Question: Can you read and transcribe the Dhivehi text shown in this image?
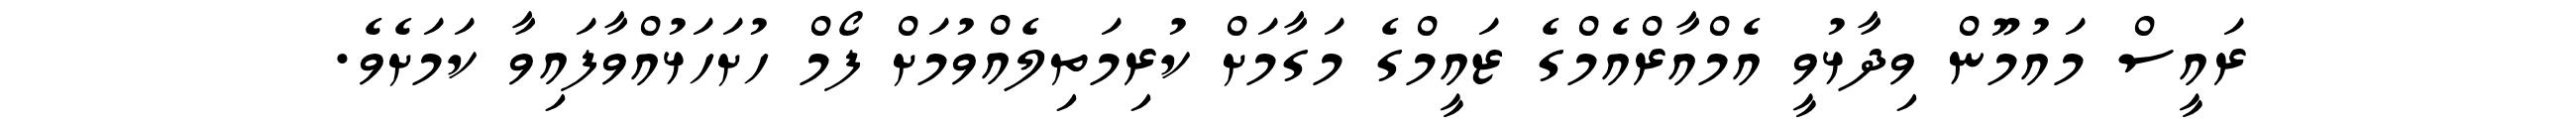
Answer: ރައީސް މައުމޫން ވިދާޅުވީ އެމްއާރްއެމްގެ ޒައީމްގެ މަގާމަށް ކުރިމަތިލެއްވުމަށް ފޯމް ހުށަހަޅުއްވާފައިވާ ކަމަށެވެ.